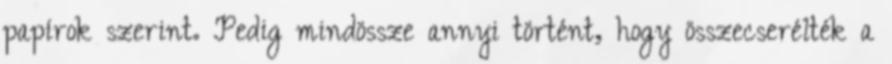
papírok szerint. Pedig mindössze annyi történt, hogy összecserélték a